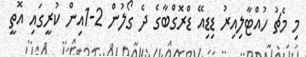
މި މެޗު ހުއްޓާލިއިރު ޑިޑިއޭ ޑްރޮގްބާގެ ދެ ގޯލުން 2-1އިން ކުރީގައި އޮތީ